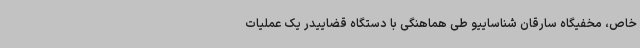
خاص، مخفیگاه سارقان شناساییو طی هماهنگی با دستگاه قضاییدر یک عملیات